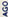
AGO